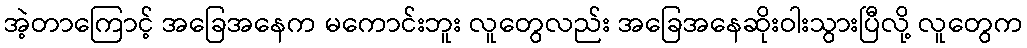
အဲ့တာကြောင့် အခြေအနေက မကောင်းဘူး လူတွေလည်း အခြေအနေဆိုးဝါးသွားပြီလို့ လူတွေက